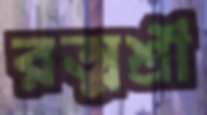
রত্মশ্রী